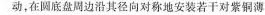
动，在圆底盘周边沿其径向对称地安装若干对紫铜薄